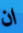
ان